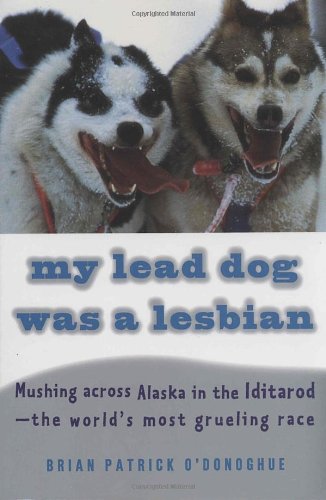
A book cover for My Lead Dog Was A Lesbian: Mushing Across Alaska in the Iditarod--the World's Most Grueling Race; Brian Patrick O'Donoghue; Sports & Outdoors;